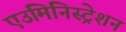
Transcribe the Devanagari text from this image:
एउमिनिस्ट्रेशन